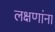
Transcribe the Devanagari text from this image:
लक्षणांना